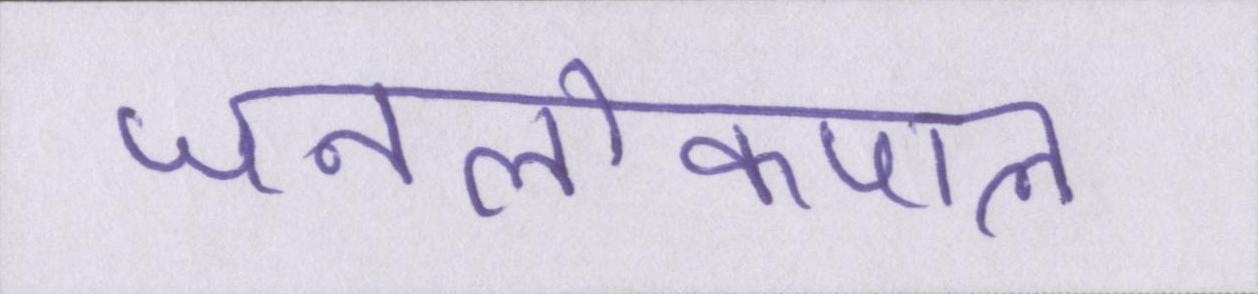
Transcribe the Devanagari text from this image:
जनलोकपाल